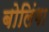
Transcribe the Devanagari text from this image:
बोलिंगा